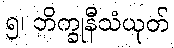
၅၊ ဘိက္ခုနီသံယုတ်